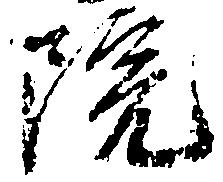
院